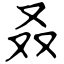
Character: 叒